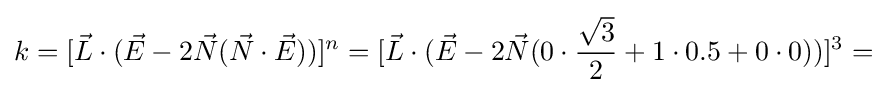
k=[{\vec {L}}\cdot ({\vec {E}}-2{\vec {N}}({\vec {N}}\cdot {\vec {E}}))]^{n}=[{\vec {L}}\cdot ({\vec {E}}-2{\vec {N}}(0\cdot {\frac {\sqrt {3}}{2}}+1\cdot 0.5+0\cdot 0))]^{3}=